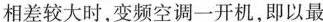
相差较大时，变频空调一开机，即以最